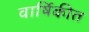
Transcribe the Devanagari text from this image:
वार्षिकीत